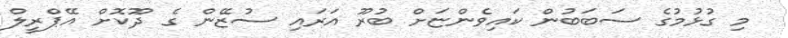
މި ގުޅުމުގެ ސަބަބުން ކައިވެންޏަށް ބުރޫ އަރައި ސުޒޭން ގެ ދޫކޮށް އޭޕްރީލް